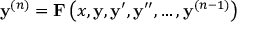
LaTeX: \mathbf { y } ^ { ( n ) } = \mathbf { F } \left( x , \mathbf { y } , \mathbf { y } ^ { \prime } , \mathbf { y } ^ { \prime \prime } , \ldots , \mathbf { y } ^ { ( n - 1 ) } \right)